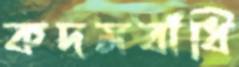
কদমবাঁধি